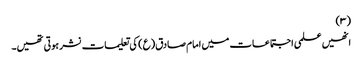
(۳)
انھیں علمی اجتماعات میں امام صادق(ع) کی تعلیمات نشر ہوتی تھیں۔